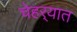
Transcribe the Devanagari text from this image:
चेहर्‍यात